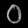
Digit: ၀